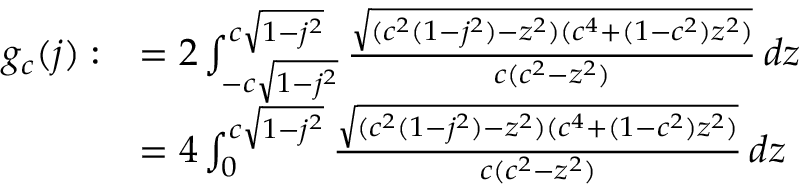
\begin{array} { r l } { g _ { c } ( j ) : } & { = 2 \int _ { - c \sqrt { 1 - j ^ { 2 } } } ^ { c \sqrt { 1 - j ^ { 2 } } } \frac { \sqrt { ( c ^ { 2 } ( 1 - j ^ { 2 } ) - z ^ { 2 } ) ( c ^ { 4 } + ( 1 - c ^ { 2 } ) z ^ { 2 } ) } } { c ( c ^ { 2 } - z ^ { 2 } ) } \, d z } \\ & { = 4 \int _ { 0 } ^ { c \sqrt { 1 - j ^ { 2 } } } \frac { \sqrt { ( c ^ { 2 } ( 1 - j ^ { 2 } ) - z ^ { 2 } ) ( c ^ { 4 } + ( 1 - c ^ { 2 } ) z ^ { 2 } ) } } { c ( c ^ { 2 } - z ^ { 2 } ) } \, d z } \end{array}